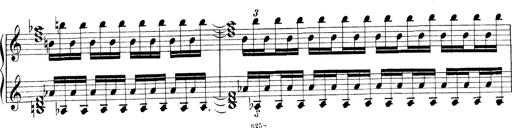
Title: Technische Studien
Composer: Franz Liszt